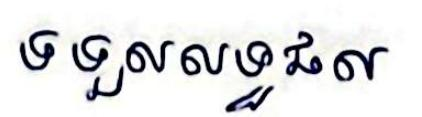
ទទួលលទ្ធផល